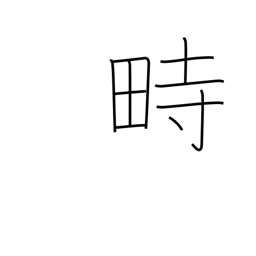
Meaning: festival grounds